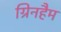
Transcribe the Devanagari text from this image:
ग्रिनहैम